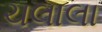
ચલાલા